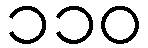
၁၁၀